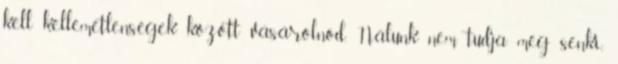
kell kellemetlenségek között vásárolnod. Nálunk nem tudja meg senki,